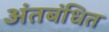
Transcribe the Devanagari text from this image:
अंतबंधित